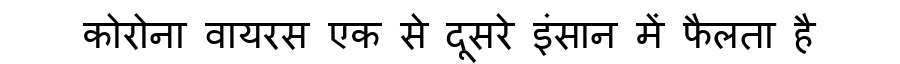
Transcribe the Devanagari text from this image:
कोरोना वायरस एक से दूसरे इंसान में फैलता है